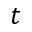
t